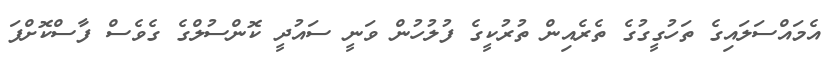
އެމައްސަލައިގެ ތަހުގީގުގެ ތެރެއިން ތުރުކީގެ ފުލުހުން ވަނީ ސައުދީ ކޮންސުލްގެ ގެވެސް ފާސްކޮށްފަ